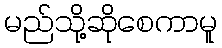
မည်သို့ဆိုစေကာမူ